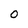
Character: 0